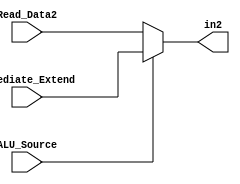
module Mux_ALU_Source (Read_Data2, Immediate_Extend, ALU_Source, in2);

input [31:0] Read_Data2;
input [31:0] Immediate_Extend;
input ALU_Source;
output reg [31:0] in2;



always @(*) begin
	if(ALU_Source)
		begin
			in2 = Immediate_Extend;
		end
	else
		begin
			in2 = Read_Data2;
		end		

end
endmodule